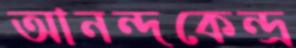
আনন্দকেন্দ্র